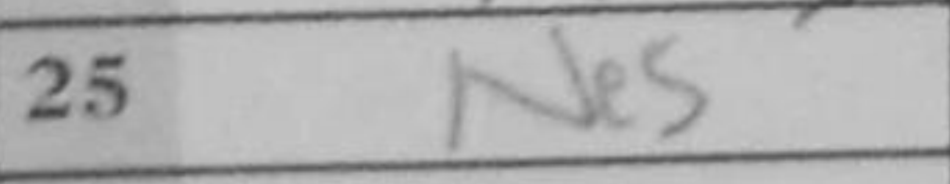
Transcription: Ne5